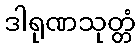
ဒါရုဏသုတ္တံ